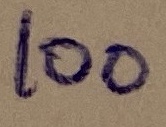
Text: 100